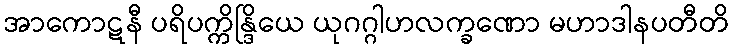
အာကောဋနီ ပရိပက္ကိန္ဒြိယေ ယုဂဂ္ဂါဟလက္ခဏော မဟာဒါနပတီတိ